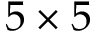
5 \times 5